Lunatic asylums Central Provinces reports 1874-1885 - 1874-1885
Year: 1874
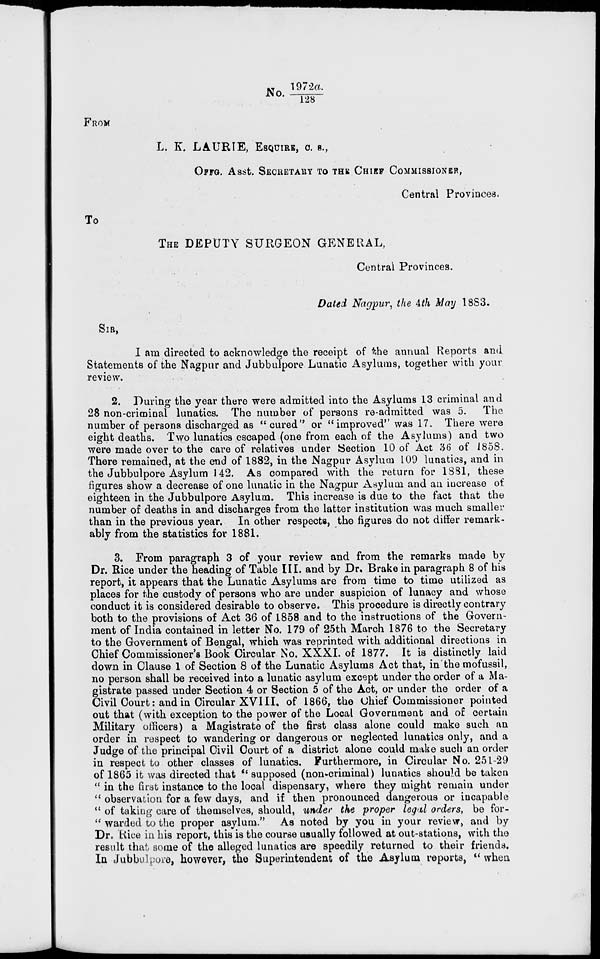
No. 1972a./128
FROM
L. K. LAURIE, ESQUIRE, C. S.,
OFFG. Asst. SECRETARY TO THE CHIEF COMMISSIONER,
Central Provinces.
To
THE DEPUTY SURGEON GENERAL,
Central Provinces.
Dated Nagpur, the 4th May 1883.
SIR,
I am directed to acknowledge the receipt of the annual Reports and
Statements of the Nagpur and Jubbulpore Lunatic Asylums, together with your
review.
2. During the year there were admitted into the Asylums 13 criminal and
28 non-criminal lunatics. The number of persons re-admitted was 5. The
number of persons discharged as "cured" or " improved" was 17. There were
eight deaths. Two lunatics escaped (one from each of the Asylums) and two
were made over to the care of relatives under Section 10 of Act 36 of 1858.
There remained, at the end of 1882, in the Nagpur Asylum 109 lunatics, and in
the Jubbulpore Asylum 142. As compared with the return for 1881, these
figures show a decrease of one lunatic in the Nagpur Asylum and an increase of
eighteen in the Jubbulpore Asylum. This increase is due to the fact that the
number of deaths in and discharges from the latter institution was much smaller
than in the previous year. In other respects, the figures do not differ remark-
ably from the statistics for 1881.
3. From paragraph 3 of your review and from the remarks made by
Dr. Rice under the heading of Table III. and by Dr. Brake in paragraph 8 of his
report, it appears that the Lunatic Asylums are from time to time utilized as
places for the custody of persons who are under suspicion of lunacy and whose
conduct it is considered desirable to observe. This procedure is directly contrary
both to the provisions of Act 36 of 1858 and to the instructions of the Govern-
ment of India contained in letter No. 179 of 25th March 1876 to the Secretary
to the Government of Bengal, which was reprinted with additional directions in
Chief Commissioner's Book Circular No. XXXI. of 1877. It is distinctly laid
down in Clause 1 of Section 8 of the Lunatic Asylums Act that, in the mofussil,
no person shall be received into a lunatic asylum except under the order of a Ma-
gistrate passed under Section 4 or Section 5 of the Act, or under the order of a
Civil Court: and in Circular XVIII. of 1866, the Chief Commissioner pointed
out that (with exception to the power of the Local Government and of certain
Military officers) a Magistrate of the first class alone could make such an
order in respect to wandering or dangerous or neglected lunatics only, and a
Judge of the principal Civil Court of a district alone could make such an order
in respect to other classes of lunatics. Furthermore, in Circular No. 251-29
of 1865 it was directed that " supposed (non-criminal) lunatics should be taken
" in the first instance to the local dispensary, where they might remain under
" observation for a few days, and if then pronounced dangerous or incapable
" of taking care of themselves, should, under the proper legal orders, be for-
" warded to the proper asylum." As noted by you in your review, and by
Dr. Rice in his report, this is the course usually followed at out-stations, with the
result that some of the alleged lunatics are speedily returned to their friends.
In Jubbulpore, however, the Superintendent of the Asylum reports, " when